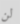
لن